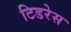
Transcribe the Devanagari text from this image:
टिडरेस